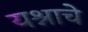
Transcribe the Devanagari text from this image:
यश्नाचे